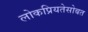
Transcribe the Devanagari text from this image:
लोकप्रियतेसोबत